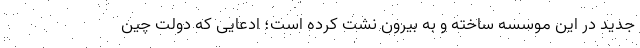
جدید در این موسسه ساخته و به بیرون نشت کرده است؛ ادعایی که دولت چین